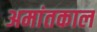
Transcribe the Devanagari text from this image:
अमांतकाल